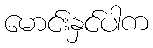
မောင်းနှင်ပါက